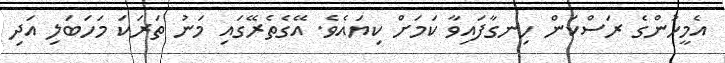
އެމީހުންގެ ރަސްކަން ހިނގާފައިވާ ކަމަށް ކިޔައެވެ. އޭގެތެރޭގައި މަނު ތަރަކަ މަހަބަލި އަދި